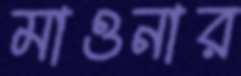
মাওনার